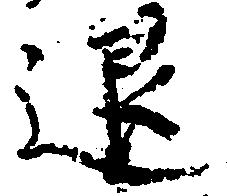
退